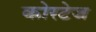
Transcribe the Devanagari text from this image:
कोरटेज